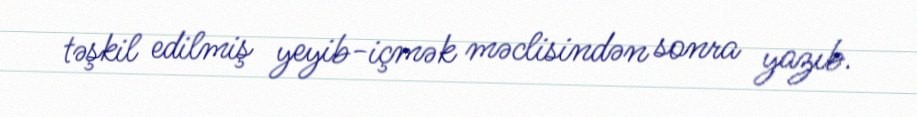
təşkil edilmiş yeyib-içmək məclisindən sonra yazıb.